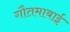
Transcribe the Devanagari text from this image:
गौतमाबाई